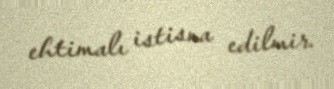
ehtimalı istisna edilmir.